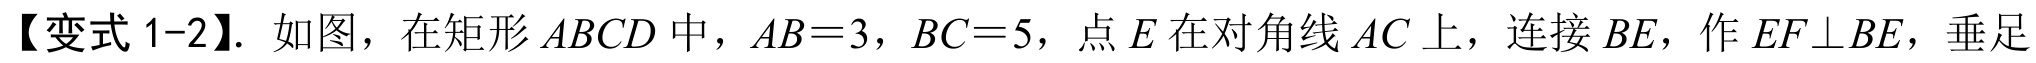
【变式 1-2】. 如图，在矩形 \(ABCD\) 中，\(AB = 3\)，\(BC = 5\)，点 \(E\) 在对角线 \(AC\) 上，连接 \(BE\)，作 \(EF\perp BE\)，垂足